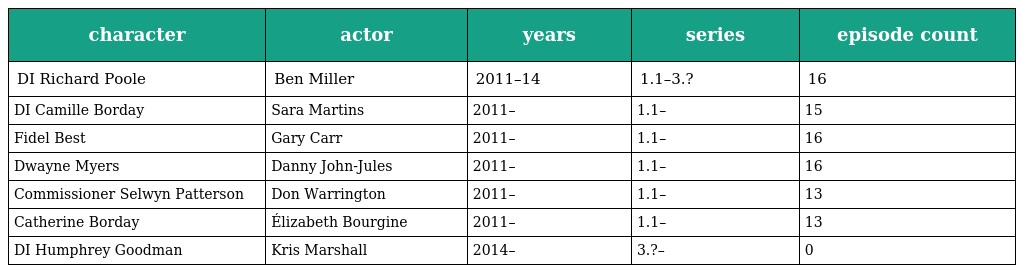
| character | actor | years | series | episode count |
 | --- | --- | --- | --- | --- |
 | DI Richard Poole | Ben Miller | 2011–14 | 1.1–3.? | 16 |
 | DI Camille Borday | Sara Martins | 2011– | 1.1– | 15 |
 | Fidel Best | Gary Carr | 2011– | 1.1– | 16 |
 | Dwayne Myers | Danny John-Jules | 2011– | 1.1– | 16 |
 | Commissioner Selwyn Patterson | Don Warrington | 2011– | 1.1– | 13 |
 | Catherine Borday | Élizabeth Bourgine | 2011– | 1.1– | 13 |
 | DI Humphrey Goodman | Kris Marshall | 2014– | 3.?– | 0 |